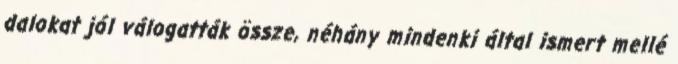
dalokat jól válogatták össze, néhány mindenki által ismert mellé